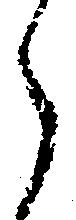
ら